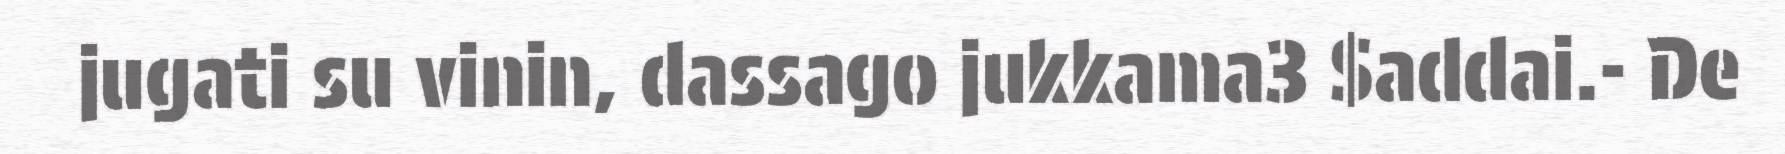
jugati su vinin, dassago jukkama3 $addai.- De